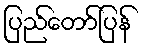
ပြည်တော်ပြန်